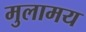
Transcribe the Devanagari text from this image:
मुलामय